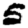
Digit: 5